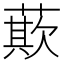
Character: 𮑁